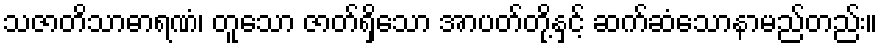
သဇာတိသာဓာရဏံ၊ တူသော ဇာတ်ရှိသော အာပတ်တို့နှင့် ဆက်ဆံသောနာမည်တည်း။